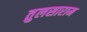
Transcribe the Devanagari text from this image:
तुलसाराम